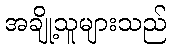
အချို့သူများသည်